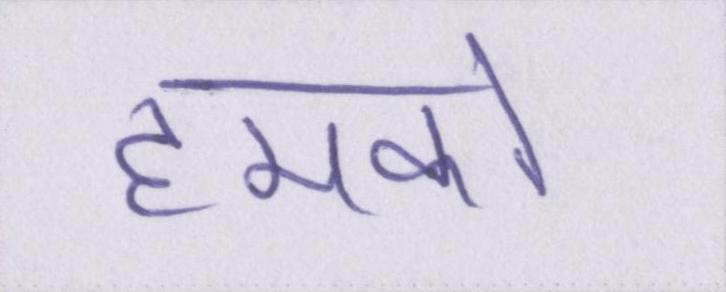
हमको